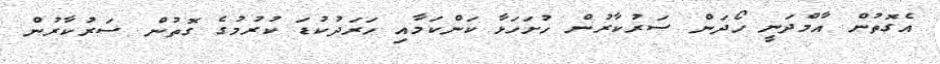
އެގޮތުން އާމްދަނީ ހޯދަން ސަރުކާރުން ހުށަހަޅާ ކަންކަމާއި ހަރަދުކުޑަ ކުރުމުގެ ގޮތުން ސަރުކާރުން